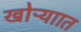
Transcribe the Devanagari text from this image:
खोऱ्याात